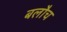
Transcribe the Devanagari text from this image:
बलौच